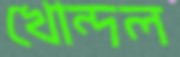
খোন্দল